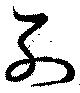
列